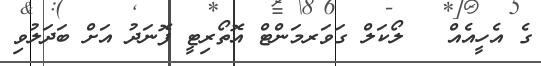
ގެ އެހީއެއް   ލޯކަލް ގަވަރމަންޓް އޮތޯރިޓީ ފޮނަދު އަށް ބަދަލުވި